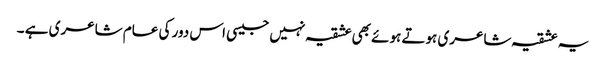
یہ عشقیہ شاعری ہوتے ہوئے بھی عشقیہ نہیں جیسی اس دور کی عام شاعری ہے ۔